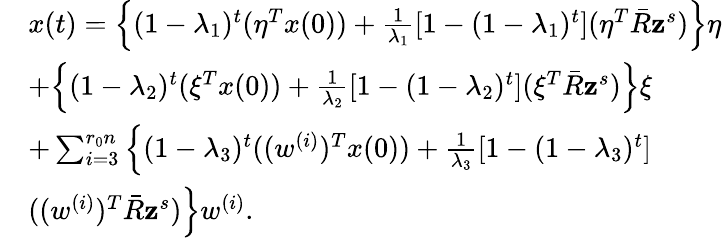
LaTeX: \begin{array}{rl}&{x(t)=\Big\{ (1-\lambda_{1})^{t}(\eta^{T}x(0))+\frac{1}{\lambda_{1}}[1-(1-\lambda_{1})^{t}](\eta^{T}\bar{R}\mathbf{z}^{s})\Big\} \eta}\\ &{+\Big\{ (1-\lambda_{2})^{t}(\xi^{T}x(0))+\frac{1}{\lambda_{2}}[1-(1-\lambda_{2})^{t}](\xi^{T}\bar{R}\mathbf{z}^{s})\Big\} \xi}\\ &{+\sum_{i=3}^{r_{0}n}\Big\{ (1-\lambda_{3})^{t}((w^{(i)})^{T}x(0))+\frac{1}{\lambda_{3}}[1-(1-\lambda_{3})^{t}]}\\ &{((w^{(i)})^{T}\bar{R}\mathbf{z}^{s})\Big\} w^{(i)}.}\end{array}